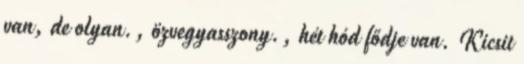
van, de olyan., özvegyasszony., hét hód fődje van. Kicsit